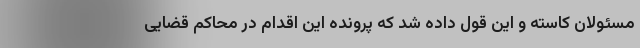
مسئولان کاسته و این قول داده شد که پرونده این اقدام در محاکم قضایی